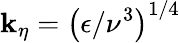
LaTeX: \mathbf{k}_{\eta}=\left(\epsilon/\nu^{3}\right)^{1/4}